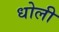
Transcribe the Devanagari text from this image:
धोली